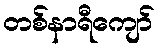
တစ်နာရီကျော်